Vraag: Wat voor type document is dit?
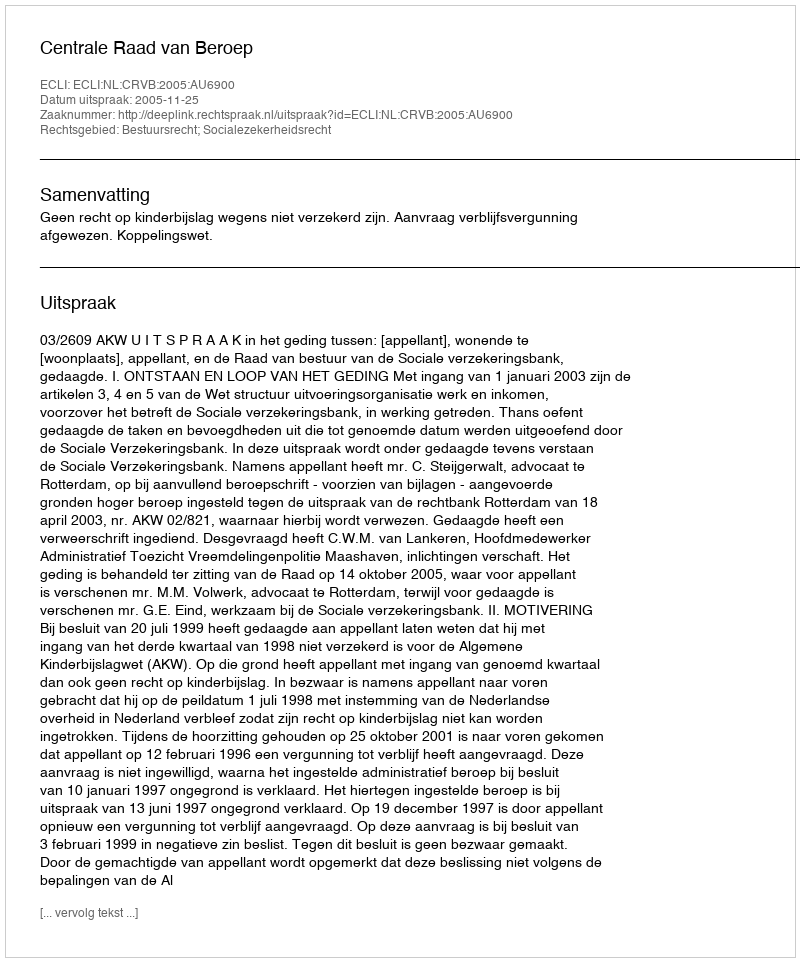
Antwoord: Uitspraak